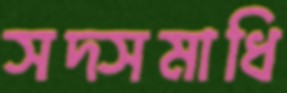
সদ্সমাধি